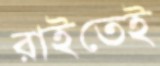
রাইতেই